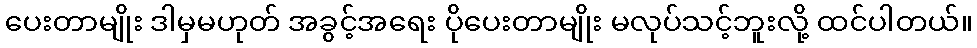
ပေးတာမျိုး ဒါမှမဟုတ် အခွင့်အရေး ပိုပေးတာမျိုး မလုပ်သင့်ဘူးလို့ ထင်ပါတယ်။